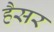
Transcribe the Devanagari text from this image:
हैसर